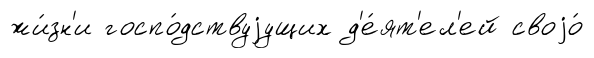
жи́зн'и госпо́дствуjущих д'е́ят'ел'ей своjо́